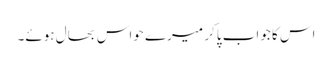
اس کا جواب پاکر میرے حواس بحال ہوئے۔